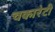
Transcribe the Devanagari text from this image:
चकारेटी